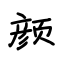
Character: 颜